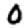
Digit: 0